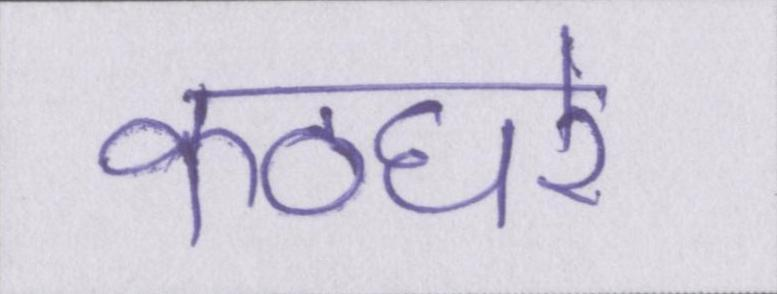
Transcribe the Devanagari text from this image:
कठघरे